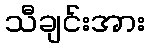
သီချင်းအား